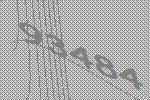
93484